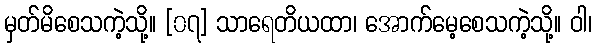
မှတ်မိစေသကဲ့သို့။ [၀၇] သာရေတိယထာ၊ အောက်မေ့စေသကဲ့သို့။ ဝါ၊